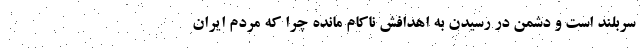
سربلند است و دشمن در رسیدن به اهدافش ناکام مانده چرا که مردم ایران